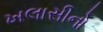
ખલાસીનો